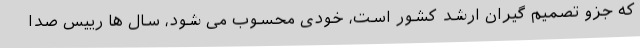
که جزو تصمیم گیران ارشد کشور است، خودی محسوب می شود، سال ها رییس صدا